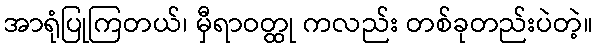
အာရုံပြုကြတယ်၊ မှီရာဝတ္ထု ကလည်း တစ်ခုတည်းပဲတဲ့။